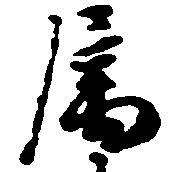
属